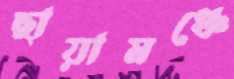
ছায়ামঞ্চে